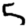
Digit: 5